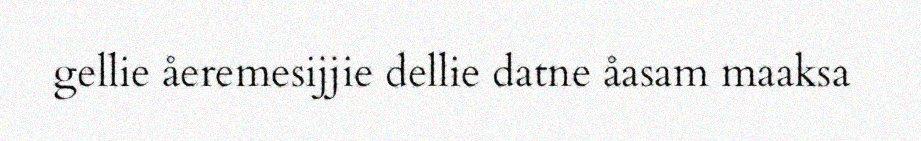
gellie åeremesijjie dellie datne åasam maaksa